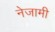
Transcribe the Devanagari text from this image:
नेजामी